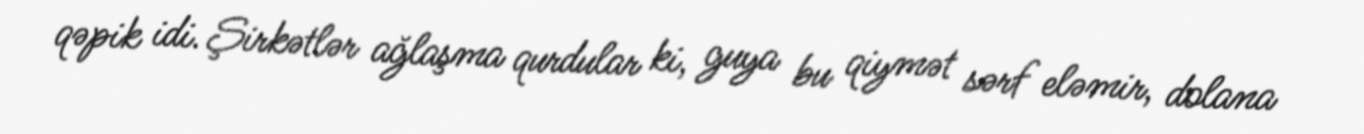
qəpik idi. Şirkətlər ağlaşma qurdular ki, guya bu qiymət sərf eləmir, dolana